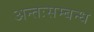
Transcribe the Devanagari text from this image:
अन्तःसम्बन्ध